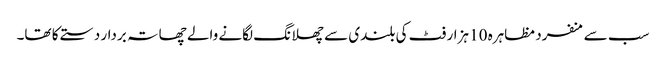
سب سے منفرد مظاہرہ 10 ہزار فٹ کی بلندی سے چھلانگ لگانے والے چھاتہ بردار دستے کا تھا۔